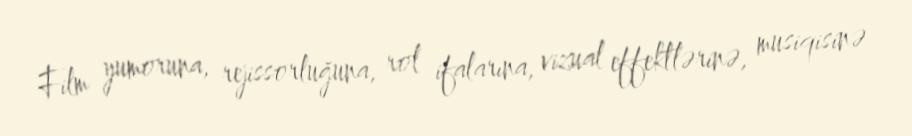
Film yumoruna, rejissorluğuna, rol ifalarına, vizual effektlərinə, musiqisinə